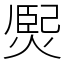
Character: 㷩